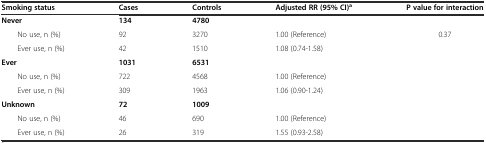
| Smoking status | Cases | Controls | Adjusted RR (95% CI)a | P value for interaction |
 | --- | --- | --- | --- | --- |
 | Never | 134 | 4780 |  |  |
 | No use, n (%) | 92 | 3270 | 1.00 (Reference) | <ROWSPAN=7> 0.37 |
 | Ever use, n (%) | 42 | 1510 | 1.08 (0.74-1.58) |
 | Ever | 1031 | 6531 |  |
 | No use, n (%) | 722 | 4568 | 1.00 (Reference) |
 | Ever use, n (%) | 309 | 1963 | 1.06 (0.90-1.24) |
 | Unknown | 72 | 1009 |  |
 | No use, n (%) | 46 | 690 | 1.00 (Reference) |
 | Ever use, n (%) | 26 | 319 | 1.55 (0.93-2.58) |  |